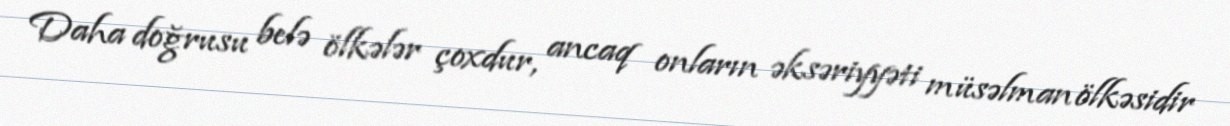
Daha doğrusu belə ölkələr çoxdur, ancaq onların əksəriyyəti müsəlman ölkəsidir